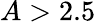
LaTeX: A>2.5